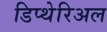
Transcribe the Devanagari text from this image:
डिप्थेरिअल